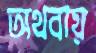
অথবায়